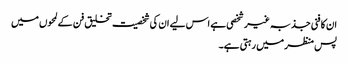
ان کا فنی جذبہ غیر شخصی ہے اس لیے ان کی شخصیت تخلیق فن کے لمحوں میں
پس منظر میں رہتی ہے۔